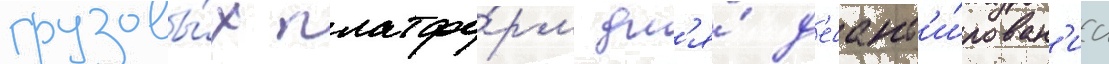
грузовы́х платфо́рм дл'я́ д'есант'и́рован'иа